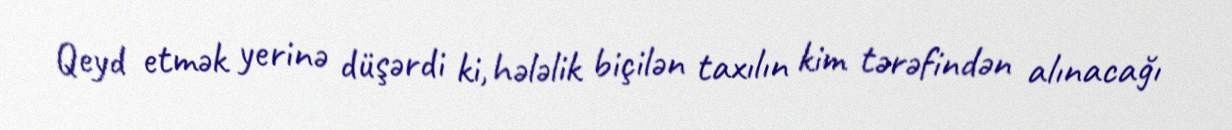
Qeyd etmək yerinə düşərdi ki, hələlik biçilən taxılın kim tərəfindən alınacağı